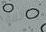
وخائفة